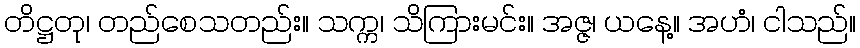
တိဋ္ဌတု၊ တည်စေသတည်း။ သက္က၊ သိကြားမင်း။ အဇ္ဇ၊ ယနေ့။ အဟံ၊ ငါသည်။